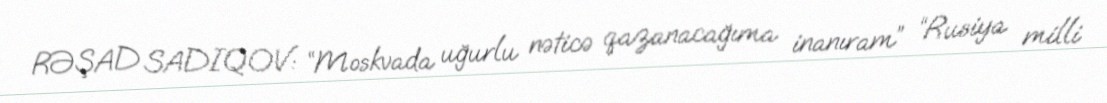
RƏŞAD SADIQOV: “Moskvada uğurlu nəticə qazanacağıma inanıram” “Rusiya milli